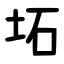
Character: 坧